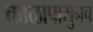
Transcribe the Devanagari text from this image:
काळापासुनच